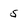
Character: 5